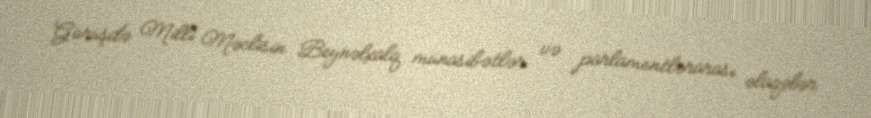
Görüşdə Milli Məclisin Beynəlxalq münasibətlər və parlamentlərarası əlaqələr